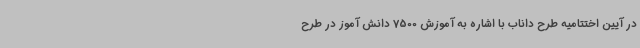
در آیین اختتامیه طرح داناب با اشاره به آموزش 7500 دانش آموز در طرح